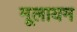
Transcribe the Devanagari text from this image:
मूलायम